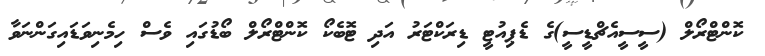
ކޮންޓްރޯލް (ސީސީއެޗްޑީސީ)ގެ ޑެޕިއުޓީ ޑިރަކްޓަރު އަދި ޓޮބެކޯ ކޮންޓްރޯލް ބޯޑުގައި ވެސް ހިމެނިވަޑައިގަންނަވާ